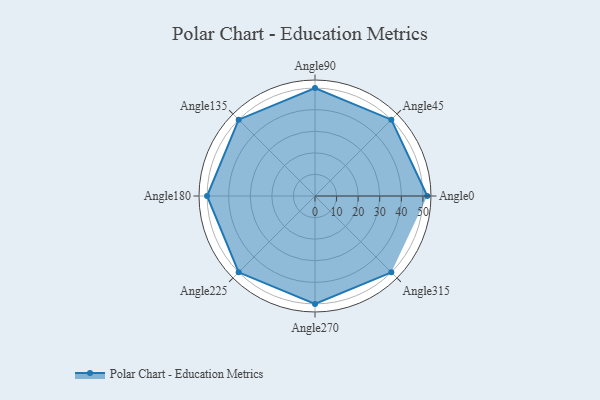
{"axis": {"x": "Angle", "y": "Radius"}, "legend": [""], "data": [{"x": "Angle0", "y": 52.0, "type": ""}, {"x": "Angle45", "y": 50, "type": ""}, {"x": "Angle90", "y": 50, "type": ""}, {"x": "Angle135", "y": 50, "type": ""}, {"x": "Angle180", "y": 50, "type": ""}, {"x": "Angle225", "y": 50, "type": ""}, {"x": "Angle270", "y": 50, "type": ""}, {"x": "Angle315", "y": 50, "type": ""}]}